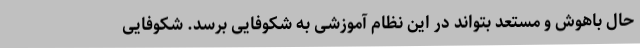
حال باهوش و مستعد بتواند در این نظام آموزشی به شکوفایی برسد. شکوفایی